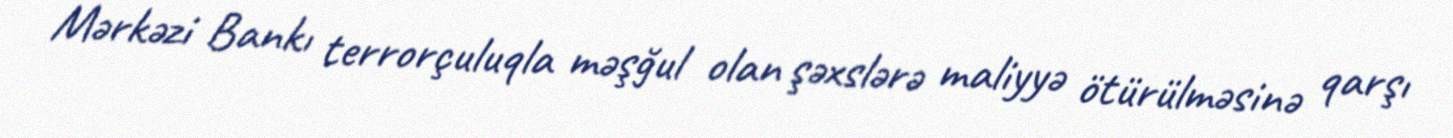
Mərkəzi Bankı terrorçuluqla məşğul olan şəxslərə maliyyə ötürülməsinə qarşı